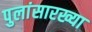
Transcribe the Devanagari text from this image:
पुलांसारख्या